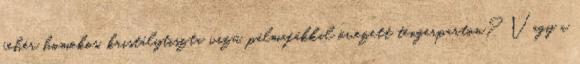
fehér homokos, kristálytiszta vizű, pálmafákkal övezett tengerparton? Vagy a